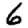
Digit: 6